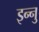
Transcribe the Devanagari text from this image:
इन्नु